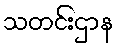
သတင်းဌာန